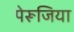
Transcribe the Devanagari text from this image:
पेरूजिया